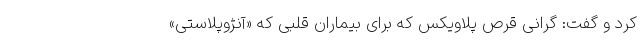
کرد و گفت: گرانی قرص پلاویکس که برای بیماران قلبی که «آنژوپلاستی»